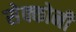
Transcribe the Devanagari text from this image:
सेक्कोनी